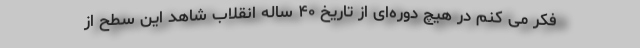
فکر می کنم در هیچ دوره‌ای از تاریخ ۴۰ ساله انقلاب شاهد این سطح از